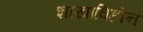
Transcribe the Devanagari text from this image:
शाखाविहीन